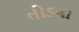
તોડના